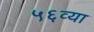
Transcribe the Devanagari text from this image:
५६व्या